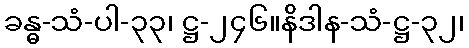
ခန္ဓ-သံ-ပါ-၃၃၊ ဋ္ဌ-၂၄၆။နိဒါန-သံ-ဋ္ဌ-၃၂၊